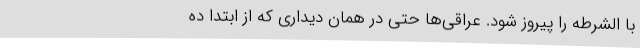
با الشرطه را پیروز شود. عراقی‌ها حتی در همان دیداری که از ابتدا ده